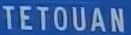
TETOUAN